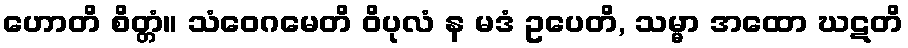
ဟောတိ စိတ္တံ။ သံဝေဂမေတိ ဝိပုလံ န မဒံ ဥပေတိ, သမ္မာ အထော ဃဋတိ